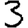
Digit: 3